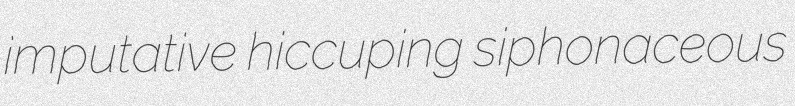
imputative hiccuping siphonaceous